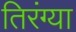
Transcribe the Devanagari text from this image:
तिरंग्या